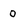
Character: 0